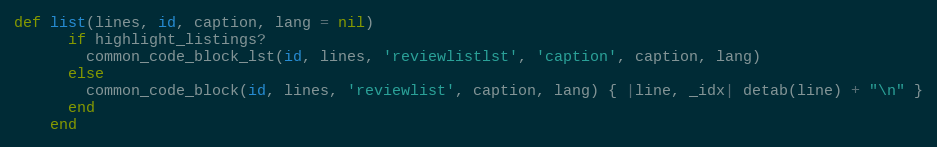
Language: Ruby
def list(lines, id, caption, lang = nil)
      if highlight_listings?
        common_code_block_lst(id, lines, 'reviewlistlst', 'caption', caption, lang)
      else
        common_code_block(id, lines, 'reviewlist', caption, lang) { |line, _idx| detab(line) + "\n" }
      end
    end